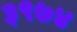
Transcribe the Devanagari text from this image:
३९७४